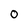
Character: O